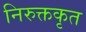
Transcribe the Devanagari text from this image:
निरुक्तकृत